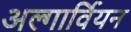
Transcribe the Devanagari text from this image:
अल्गार्वियन